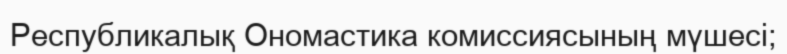
Республикалық Ономастика комиссиясының мүшесі;